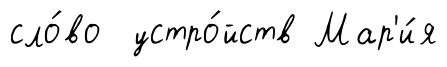
сло́во устро́йств Мар'и́я